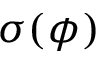
\sigma ( \phi )